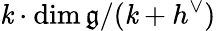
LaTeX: \mathit{k}\cdot\dim{\mathfrak{{g}}}/(\mathit{k}+h^{\vee})